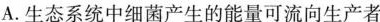
A.生态系统中细菌产生的能量可流向生产者